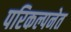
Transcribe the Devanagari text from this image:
परिकल्पनेत